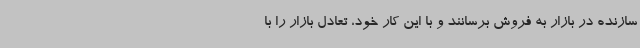
سازنده در بازار به فروش برسانند و با این کار خود، تعادل بازار را با